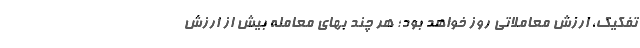
تفکیک، ارزش معاملاتی روز خواهد بود؛ هر چند بهای معامله بیش از ارزش